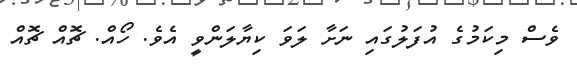
ވެސް މިކަމުގެ އުފަލުގައި ނަށާ ލަވަ ކިޔާލަންވީ އެވެ. ހޯއް. ޗޮއް ޗޮއް